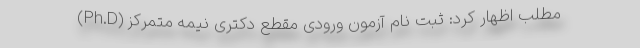
مطلب اظهار کرد: ثبت نام آزمون ورودی مقطع دکتری نیمه متمرکز (Ph.D)